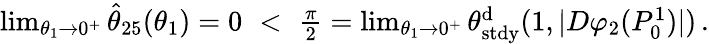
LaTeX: \begin{array}{r}{\operatorname*{lim}_{\theta_{1}\to 0^{+}}\hat{\theta}_{25}(\theta_{1})=0\, \, <\, \, \frac\pi 2=\operatorname*{lim}_{\theta_{1}\to 0^{+}}\theta_{\mathrm{stdy}}^{\mathrm{d}}(1,|D\varphi_{2}(P_{0}^{1})|)\, .}\end{array}